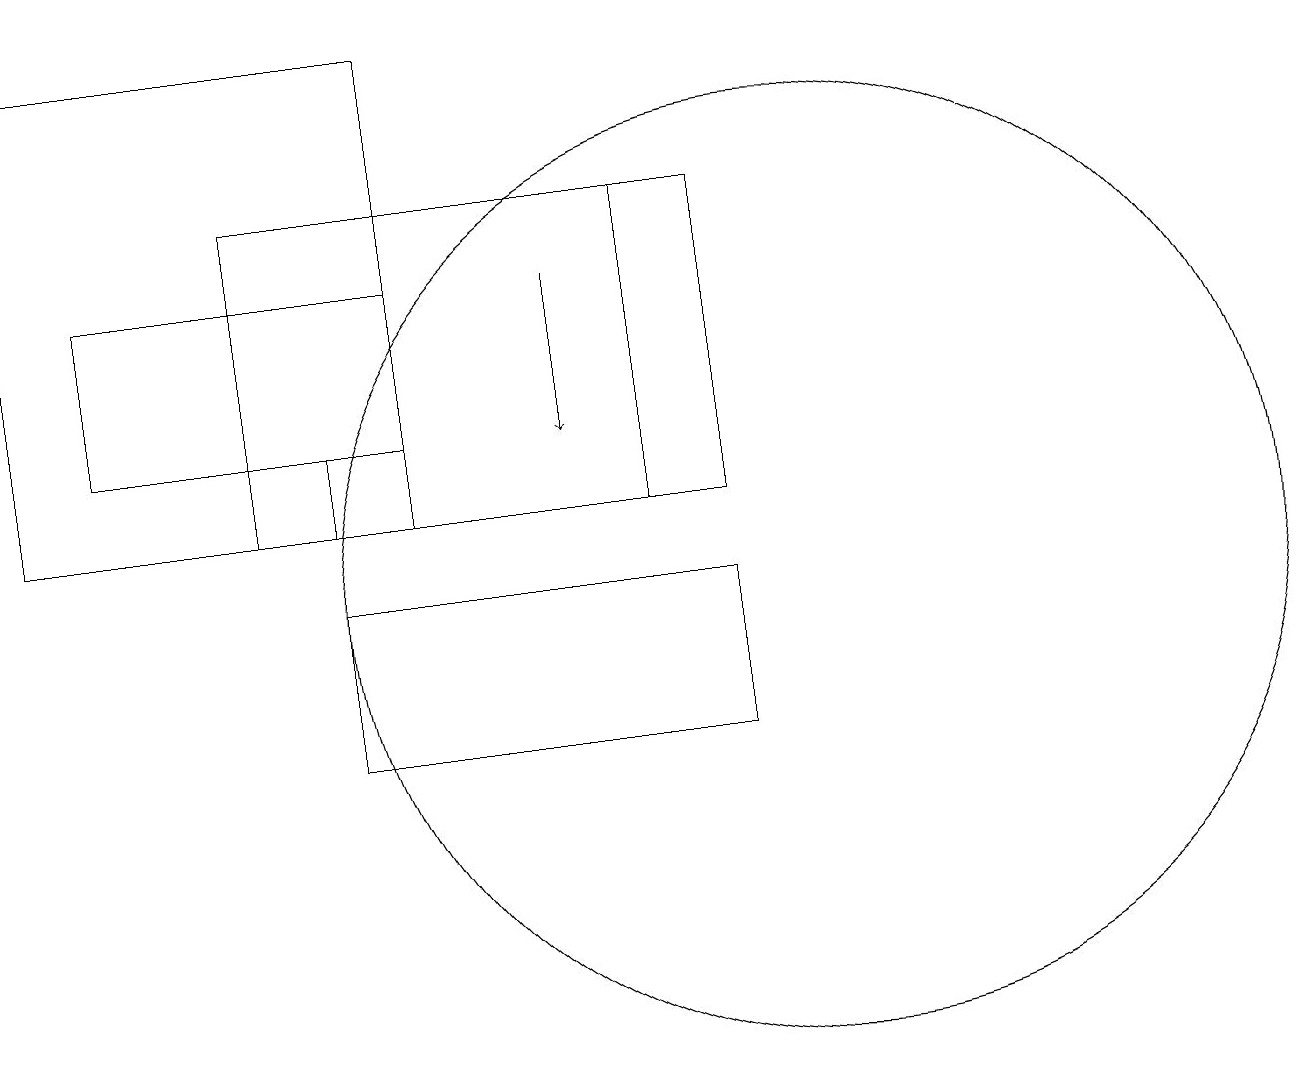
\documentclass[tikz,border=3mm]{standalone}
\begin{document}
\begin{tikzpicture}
\draw (3,13) rectangle (4,14);
\draw (10,12) circle (6);
\draw (8,13) rectangle (3,17);
\draw (4,10) rectangle (9,12);
\draw (5,14) rectangle (1,16);
\draw[->] (7,16) -- (7,14);
\draw (0,19) rectangle (5,13);
\draw (9,17) rectangle (8,13);
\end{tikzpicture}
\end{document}